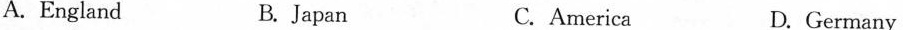
A.England B. Japan C. America D.Germany